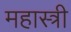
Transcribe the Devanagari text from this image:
महास्त्री